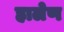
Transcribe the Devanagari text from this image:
हालेण